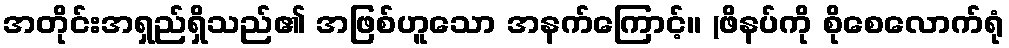
အတိုင်းအရှည်ရှိသည်၏ အဖြစ်ဟူသော အနက်ကြောင့်။ (ဖိနပ်ကို စိုစေလောက်ရုံ